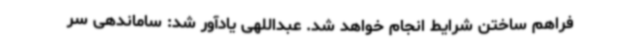
فراهم ساختن شرایط انجام خواهد شد. عبداللهی یادآور شد: ساماندهی سر